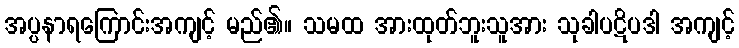
အပ္ပနာရကြောင်းအကျင့် မည်၏။ သမထ အားထုတ်ဘူးသူအား သုခါပဋိပဒါ အကျင့်